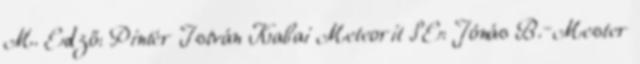
M. Edző: Pintér István Kabai Meteorit SE: Jónás B.–Mester